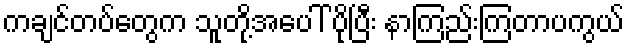
ကချင်တပ်တွေက သူတို့အပေါ် ပိုပြီး နာကြည်းကြတာပကွယ်